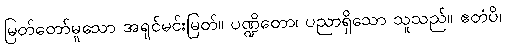
မြတ်တော်မူသော အရှင်မင်းမြတ်။ ပဏ္ဍိတော၊ ပညာရှိသော သူသည်။ ဧတံပိ၊